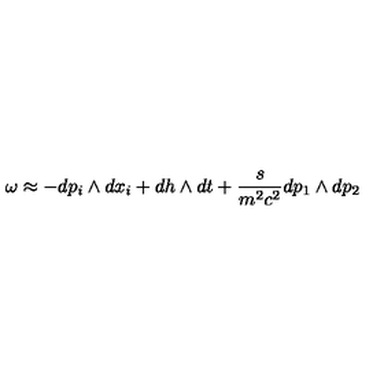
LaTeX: \omega \approx - d p _ { i } \wedge { } d x _ { i } + d h \wedge { } d t + \frac { s } { m ^ { 2 } c ^ { 2 } } d p _ { 1 } \wedge { } d p _ { 2 }